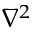
\nabla ^ { 2 }